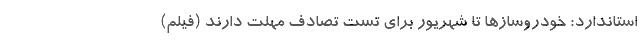
استاندارد: خودروساز‌ها تا شهریور برای تست تصادف مهلت دارند (فیلم)